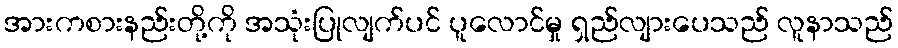
အားကစားနည်းတို့ကို အသုံးပြုလျက်ပင် ပူလောင်မှု ရှည်လျားပေသည် လူနာသည်